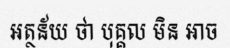
អត្ថន័យ ថា បុគ្គល មិន ឤច